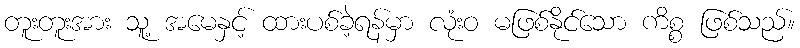
တူးတူးအား သူ့ အမေနှင့် ထားပစ်ခဲ့ရန်မှာ လုံးဝ မဖြစ်နိုင်သော ကိစ္စ ဖြစ်သည်။